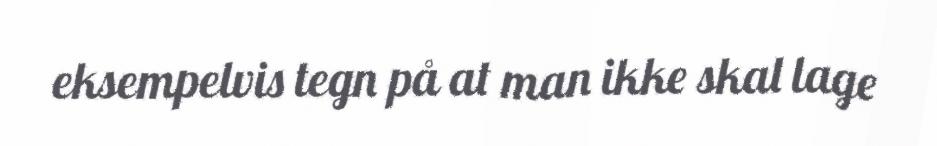
eksempelvis tegn på at man ikke skal lage